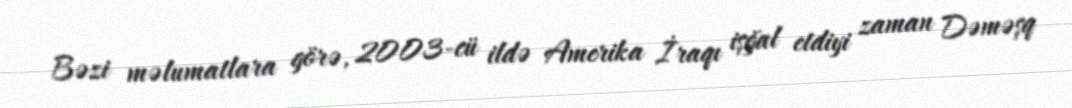
Bəzi məlumatlara görə, 2003-cü ildə Amerika İraqı işğal etdiyi zaman Dəməşq